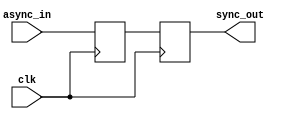
module master_slave_ff_synchronizer (
    input wire clk,            // Clock signal
    input wire async_in,      // Asynchronous input signal
    output reg sync_out       // Synchronized output signal
);

// Internal signal for the master flip-flop output
reg master_out;

// Master Flip-Flop: Captures the input data on the rising edge of the clock
always @(posedge clk) begin
    master_out <= async_in;  // Sample the asynchronous input
end

// Slave Flip-Flop: Captures the output of the master flip-flop on the falling edge of the clock
always @(negedge clk) begin
    sync_out <= master_out;   // Transfer the master output to the synchronized output
end

endmodule